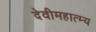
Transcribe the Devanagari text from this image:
देवीमहात्म्य